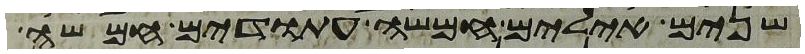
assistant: שנים אילים חמשה עתודים חמשה